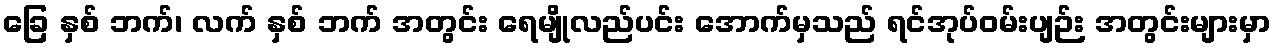
ခြေ နှစ် ဘက်၊ လက် နှစ် ဘက် အတွင်း ရေမျိုလည်ပင်း အောက်မှသည် ရင်အုပ်ဝမ်းပျဉ်း အတွင်းများမှာ